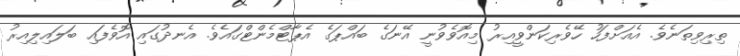
ތިރިވިތަނެވެ. އެއަށްފަހު ހޭވެރިކަންވީއިރު މިއޮވެވުނީ އޭނަގެ ބައްޕަގެ އެޕާޓްމެންޓްގައެވެ. އެނދުގައި އޮވެފައި ބަލައިލިއިރު